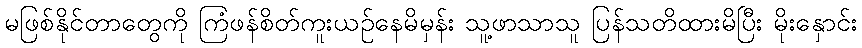
မဖြစ်နိုင်တာတွေကို ကြံဖန်စိတ်ကူးယဉ်နေမိမှန်း သူ့ဖာသာသူ ပြန်သတိထားမိပြီး မိုးနှောင်း